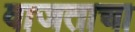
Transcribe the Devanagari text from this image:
वाजताचा